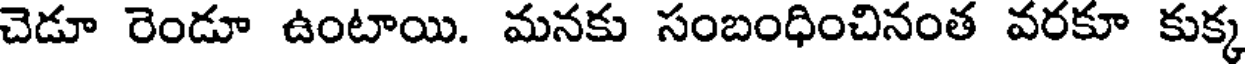
చెడూ రెండూ ఉంటాయి. మనకు సంబంధించినంత వరకూ కుక్క